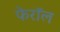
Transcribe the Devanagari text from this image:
फेरॉल